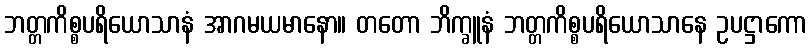
ဘတ္တကိစ္စပရိယောသာနံ အာဂမယမာနော။ တတော ဘိက္ခူနံ ဘတ္တကိစ္စပရိယောသာနေ ဥပဋ္ဌာကော